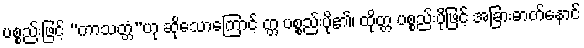
ပစ္စည်းဖြင့် “ကာသတ္တံ”ဟု ဆိုသောကြောင့် တ္တ ပစ္စည်းပို၏၊ ထိုတ္တ ပစ္စည်းပိုဖြင့် အခြားဓာတ်နောင်